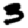
Digit: 3